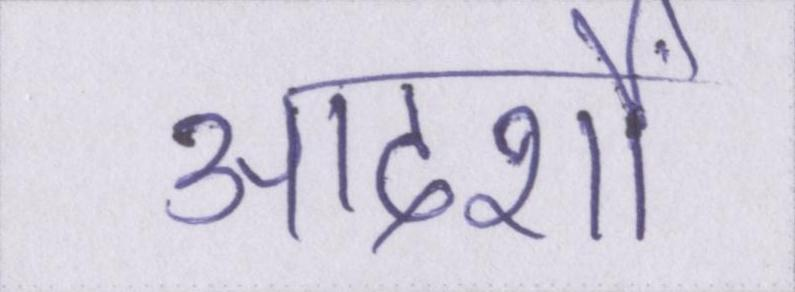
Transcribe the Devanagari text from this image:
आदर्शों